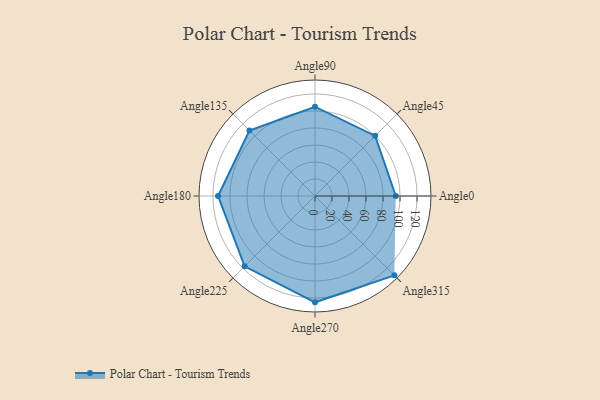
{"axis": {"x": "Angle", "y": "Radius"}, "legend": [""], "data": [{"x": "Angle0", "y": 95.0, "type": ""}, {"x": "Angle45", "y": 100.0, "type": ""}, {"x": "Angle90", "y": 105.0, "type": ""}, {"x": "Angle135", "y": 109.0, "type": ""}, {"x": "Angle180", "y": 114.0, "type": ""}, {"x": "Angle225", "y": 117.0, "type": ""}, {"x": "Angle270", "y": 125.0, "type": ""}, {"x": "Angle315", "y": 132.0, "type": ""}]}